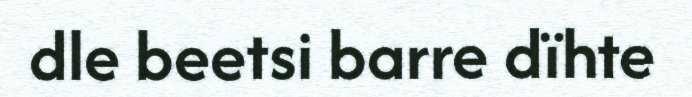
dle beetsi barre dïhte